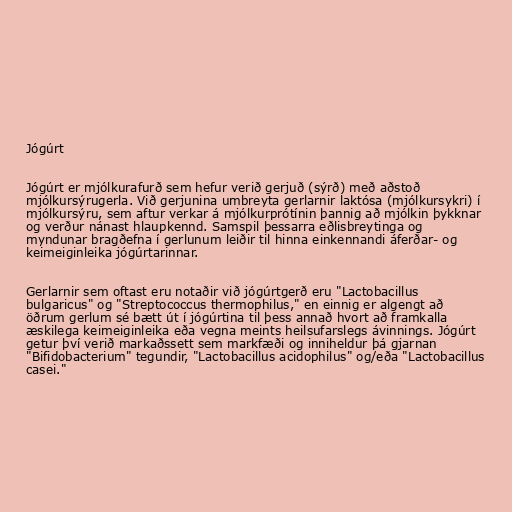
Jógúrt

Jógúrt er mjólkurafurð sem hefur verið gerjuð (sýrð) með aðstoð
mjólkursýrugerla. Við gerjunina umbreyta gerlarnir laktósa (mjólkursykri) í
mjólkursýru, sem aftur verkar á mjólkurprótínin þannig að mjólkin þykknar
og verður nánast hlaupkennd. Samspil þessarra eðlisbreytinga og
myndunar bragðefna í gerlunum leiðir til hinna einkennandi áferðar- og
keimeiginleika jógúrtarinnar.

Gerlarnir sem oftast eru notaðir við jógúrtgerð eru "Lactobacillus
bulgaricus" og "Streptococcus thermophilus," en einnig er algengt að
öðrum gerlum sé bætt út í jógúrtina til þess annað hvort að framkalla
æskilega keimeiginleika eða vegna meints heilsufarslegs ávinnings. Jógúrt
getur því verið markaðssett sem markfæði og inniheldur þá gjarnan
"Bifidobacterium" tegundir, "Lactobacillus acidophilus" og/eða "Lactobacillus
casei."